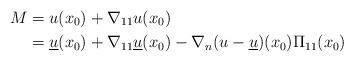
LaTeX: \begin{align*}M &= u(x_0)+\nabla_{11}u(x_0) \\ & = \underline{u}(x_0)+\nabla_{11}\underline{u}(x_0)-\nabla_{n}(u-\underline{u})(x_0)\Pi_{11}(x_0)\end{align*}